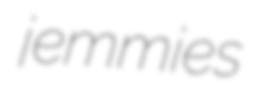
jemmies